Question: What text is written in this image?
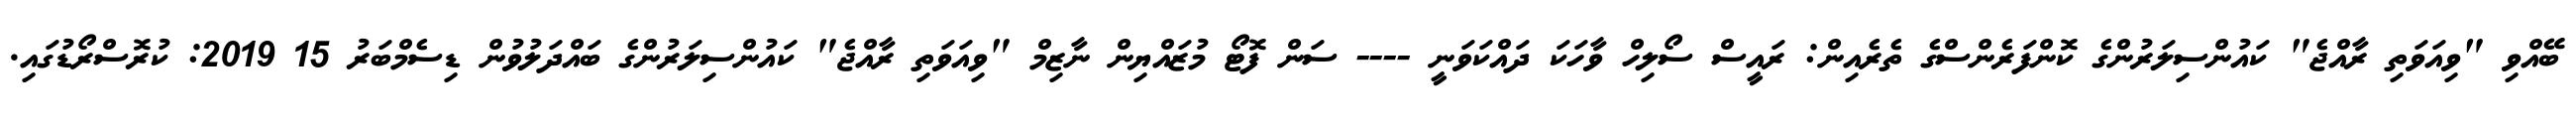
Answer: ބޭއްވި "ވިއަވަތި ރާއްޖެ" ކައުންސިލަރުންގެ ކޮންފަރެންސްގެ ތެރެއިން: ރައީސް ސޯލިހް ވާހަކަ ދައްކަވަނީ ---- ސަން ފޮޓޯ މުޒައްޔިން ނާޒިމް "ވިއަވަތި ރާއްޖެ" ކައުންސިލަރުންގެ ބައްދަލުވުން ޑިސެމްބަރު 15 2019: ކުރޮސްރޯޑުގައި.